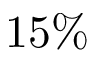
1 5 \%